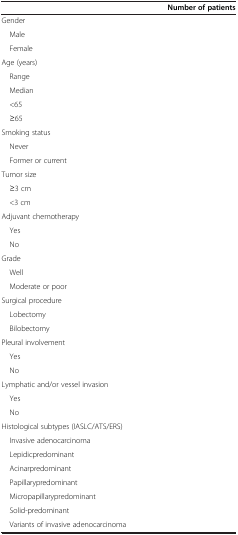
<table><thead><tr><td>[EMPTY_CELL]</td><td><b>Number of patients</b></td></tr></thead><tbody><tr><td>Gender</td><td>[EMPTY_CELL]</td></tr><tr><td> Male</td><td>[EMPTY_CELL]</td></tr><tr><td> Female</td><td>[EMPTY_CELL]</td></tr><tr><td>Age (years)</td><td>[EMPTY_CELL]</td></tr><tr><td> Range</td><td>[EMPTY_CELL]</td></tr><tr><td> Median</td><td>[EMPTY_CELL]</td></tr><tr><td> &lt;65</td><td>[EMPTY_CELL]</td></tr><tr><td> ≥65</td><td>[EMPTY_CELL]</td></tr><tr><td>Smoking status</td><td>[EMPTY_CELL]</td></tr><tr><td> Never</td><td>[EMPTY_CELL]</td></tr><tr><td> Former or current</td><td>[EMPTY_CELL]</td></tr><tr><td>Tumor size</td><td>[EMPTY_CELL]</td></tr><tr><td> ≥3 cm</td><td>[EMPTY_CELL]</td></tr><tr><td> &lt;3 cm</td><td>[EMPTY_CELL]</td></tr><tr><td>Adjuvant chemotherapy</td><td>[EMPTY_CELL]</td></tr><tr><td> Yes</td><td>[EMPTY_CELL]</td></tr><tr><td> No</td><td>[EMPTY_CELL]</td></tr><tr><td>Grade</td><td>[EMPTY_CELL]</td></tr><tr><td> Well</td><td>[EMPTY_CELL]</td></tr><tr><td> Moderate or poor</td><td>[EMPTY_CELL]</td></tr><tr><td>Surgical procedure</td><td>[EMPTY_CELL]</td></tr><tr><td> Lobectomy</td><td>[EMPTY_CELL]</td></tr><tr><td> Bilobectomy</td><td>[EMPTY_CELL]</td></tr><tr><td>Pleural involvement</td><td>[EMPTY_CELL]</td></tr><tr><td> Yes</td><td>[EMPTY_CELL]</td></tr><tr><td> No</td><td>[EMPTY_CELL]</td></tr><tr><td>Lymphatic and/or vessel invasion</td><td>[EMPTY_CELL]</td></tr><tr><td> Yes</td><td>[EMPTY_CELL]</td></tr><tr><td> No</td><td>[EMPTY_CELL]</td></tr><tr><td>Histological subtypes (IASLC/ATS/ERS)</td><td>[EMPTY_CELL]</td></tr><tr><td colspan="2"> Invasive adenocarcinoma</td></tr><tr><td> Lepidicpredominant</td><td>[EMPTY_CELL]</td></tr><tr><td> Acinarpredominant</td><td>[EMPTY_CELL]</td></tr><tr><td> Papillarypredominant</td><td>[EMPTY_CELL]</td></tr><tr><td> Micropapillarypredominant</td><td>[EMPTY_CELL]</td></tr><tr><td> Solid-predominant</td><td>[EMPTY_CELL]</td></tr><tr><td> Variants of invasive adenocarcinoma</td><td>[EMPTY_CELL]</td></tr></tbody></table>